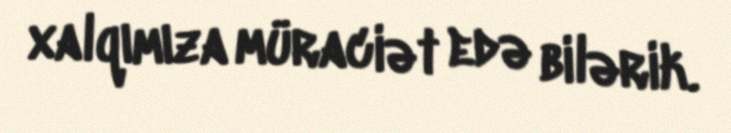
xalqımıza müraciət edə bilərik.